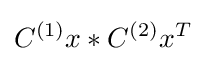
C^{(1)}x\ast C^{(2)}x^{T}